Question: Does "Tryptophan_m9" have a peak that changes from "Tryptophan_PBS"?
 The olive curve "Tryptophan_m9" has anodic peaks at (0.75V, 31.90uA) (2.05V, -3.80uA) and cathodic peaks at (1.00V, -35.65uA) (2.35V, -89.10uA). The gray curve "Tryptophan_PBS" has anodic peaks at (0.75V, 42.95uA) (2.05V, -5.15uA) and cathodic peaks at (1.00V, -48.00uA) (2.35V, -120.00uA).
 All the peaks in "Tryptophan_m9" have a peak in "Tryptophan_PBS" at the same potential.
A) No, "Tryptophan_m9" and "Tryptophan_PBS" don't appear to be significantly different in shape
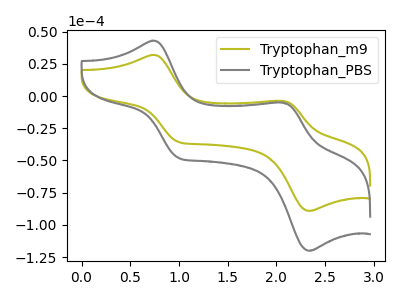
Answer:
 <answer>A) No, "Tryptophan_m9" and "Tryptophan_PBS" don't appear to be significantly different in shape</answer>
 <eval>A</eval>